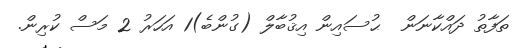
ތަފާތު ދައްކާނަން  ޙުސައިން އިޤުބާލް (ގުންބެ)1 އަހަރު 2 މަސް ކުރިން.